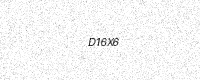
Text: D16X6